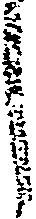
し